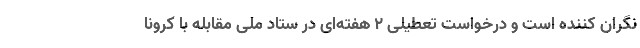
نگران کننده است و درخواست تعطیلی ۲ هفته‌ای در ستاد ملی مقابله با کرونا